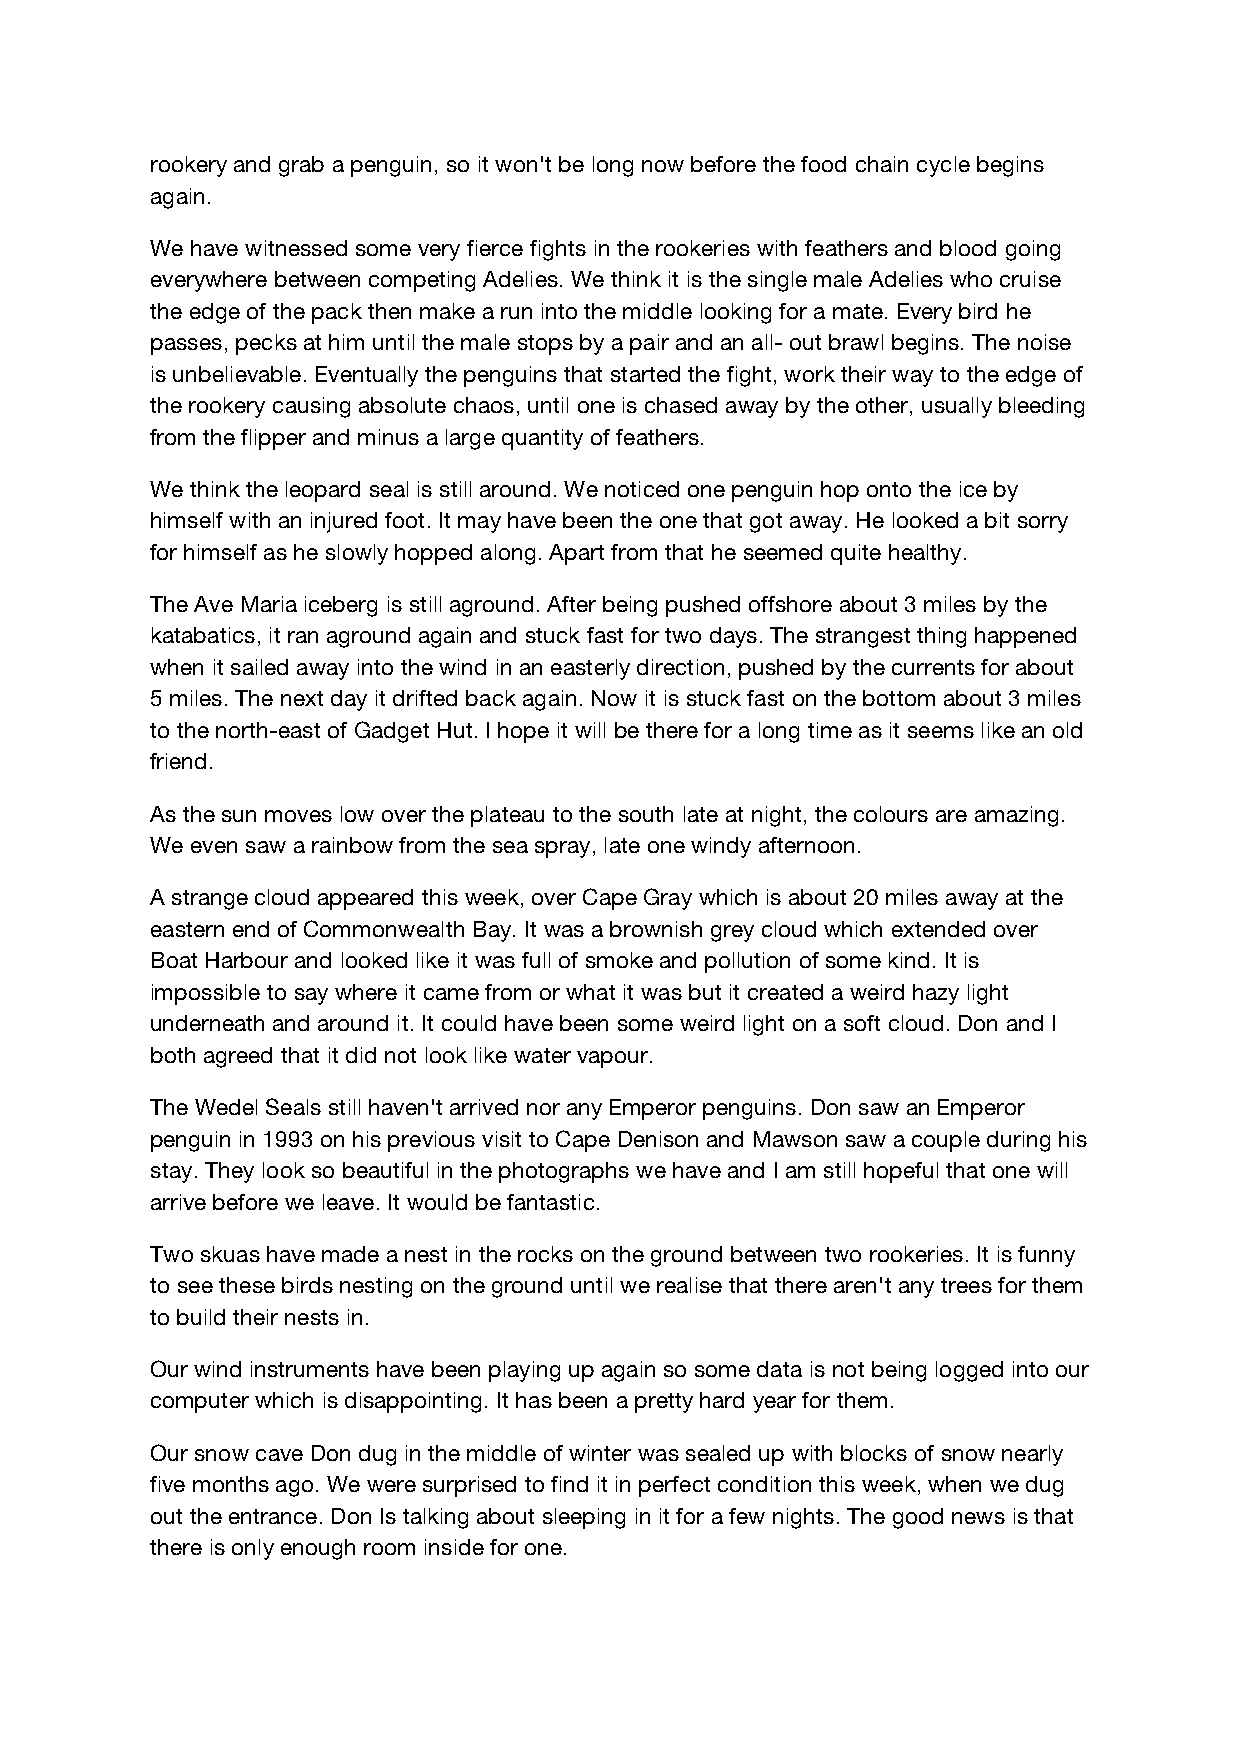
rookery and grab a penguin, so it won't be long now before the food chain cycle begins
 again.
 We have witnessed some very fierce fights in the rookeries with feathers and blood going
 everywhere between competing Adelies. We think it is the single male Adelies who cruise
 the edge of the pack then make a run into the middle looking for a mate. Every bird he
 passes, pecks at him until the male stops by a pair and an all- out brawl begins. The noise
 is unbelievable. Eventually the penguins that started the fight, work their way to the edge of
 the rookery causing absolute chaos, until one is chased away by the other, usually bleeding
 from the flipper and minus a large quantity of feathers.
 We think the leopard seal is still around. We noticed one penguin hop onto the ice by
 himself with an injured foot. It may have been the one that got away. He looked a bit sorry
 for himself as he slowly hopped along. Apart from that he seemed quite healthy.
 The Ave Maria iceberg is still aground. After being pushed offshore about 3 miles by the
 katabatics, it ran aground again and stuck fast for two days. The strangest thing happened
 when it sailed away into the wind in an easterly direction, pushed by the currents for about
 5 miles. The next day it drifted back again. Now it is stuck fast on the bottom about 3 miles
 to the north-east of Gadget Hut. I hope it will be there for a long time as it seems like an old
 friend.
 As the sun moves low over the plateau to the south late at night, the colours are amazing.
 We even saw a rainbow from the sea spray, late one windy afternoon.
 A strange cloud appeared this week, over Cape Gray which is about 20 miles away at the
 eastern end of Commonwealth Bay. It was a brownish grey cloud which extended over
 Boat Harbour and looked like it was full of smoke and pollution of some kind. It is
 impossible to say where it came from or what it was but it created a weird hazy light
 underneath and around it. It could have been some weird light on a soft cloud. Don and I
 both agreed that it did not look like water vapour.
 The Wedel Seals still haven't arrived nor any Emperor penguins. Don saw an Emperor
 penguin in 1993 on his previous visit to Cape Denison and Mawson saw a couple during his
 stay. They look so beautiful in the photographs we have and I am still hopeful that one will
 arrive before we leave. It would be fantastic.
 Two skuas have made a nest in the rocks on the ground between two rookeries. It is funny
 to see these birds nesting on the ground until we realise that there aren't any trees for them
 to build their nests in.
 Our wind instruments have been playing up again so some data is not being logged into our
 computer which is disappointing. It has been a pretty hard year for them.
 Our snow cave Don dug in the middle of winter was sealed up with blocks of snow nearly
 five months ago. We were surprised to find it in perfect condition this week, when we dug
 out the entrance. Don Is talking about sleeping in it for a few nights. The good news is that
 there is only enough room inside for one.